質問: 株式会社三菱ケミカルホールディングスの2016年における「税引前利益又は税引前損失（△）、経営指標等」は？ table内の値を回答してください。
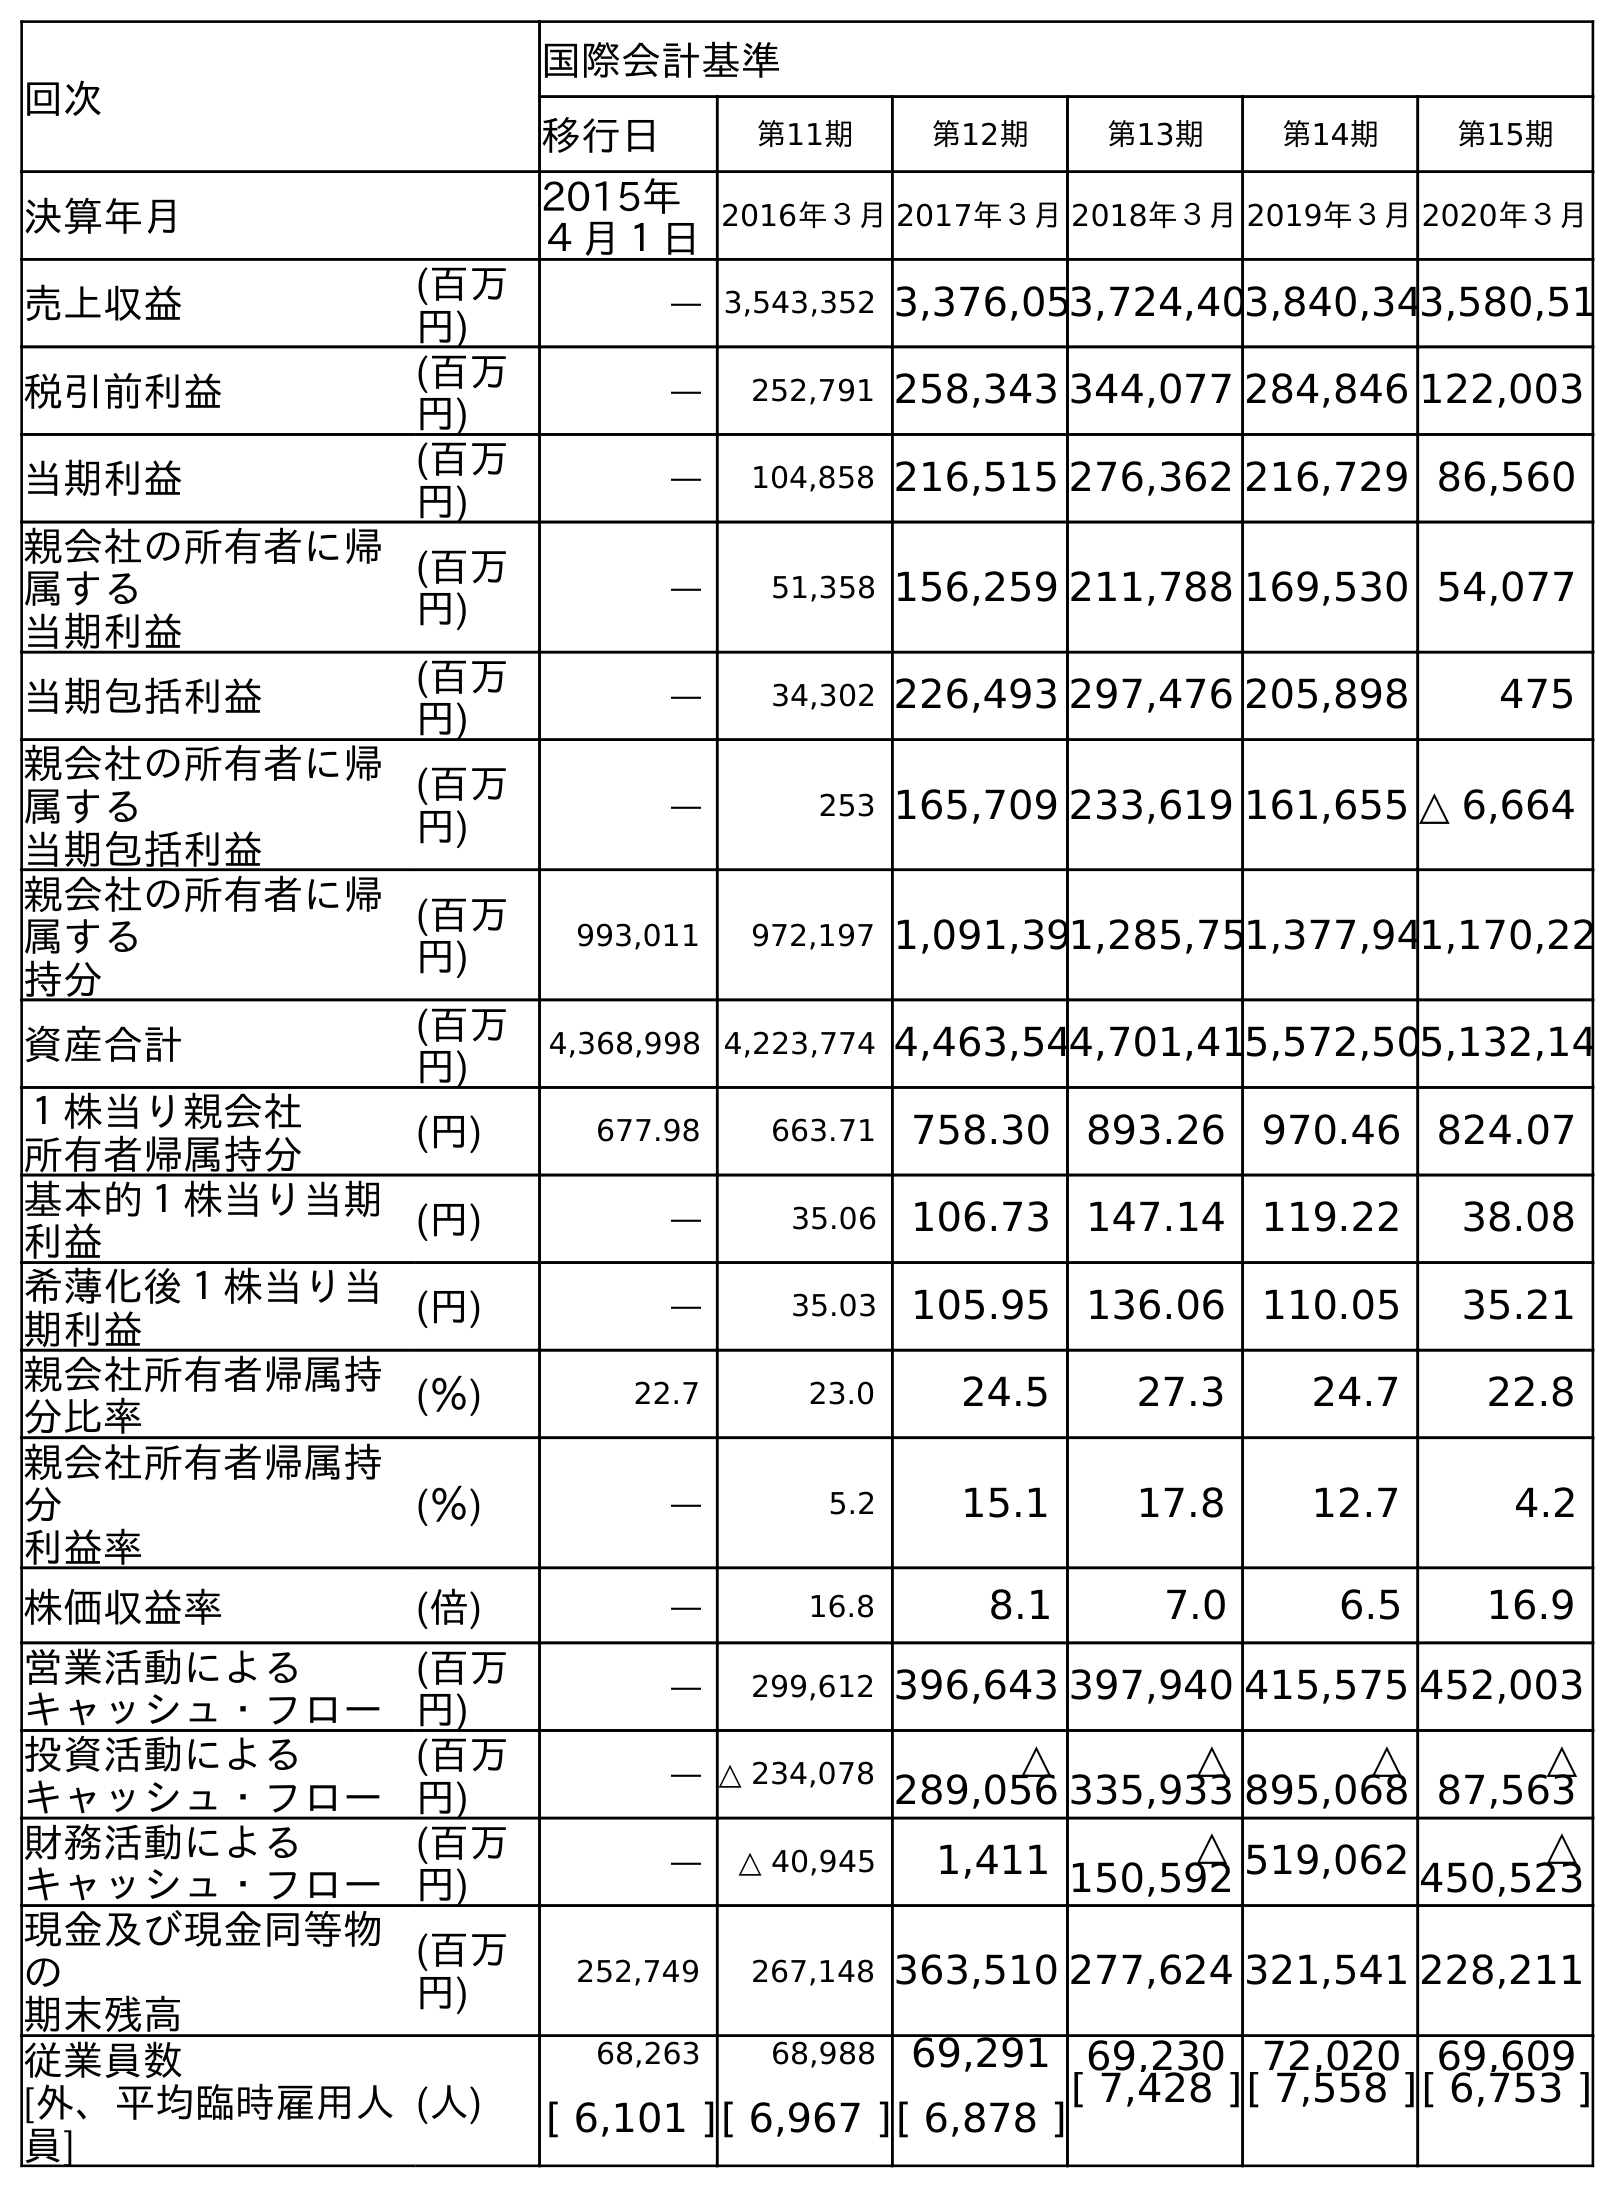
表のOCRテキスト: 回次 国際会計基準 移行日 第11期 第12期 第13期 第14期 第15期 決算年月 2015年 ４月１日 2016年３月2017年３月2018年３月2019年３月2020年３月 売上収益 (百万 円) ― 3,543,352 3,376,053,724,403,840,343,580,51 税引前利益 (百万 円) ― 252,791 258,343 344,077 284,846 122,003 当期利益 (百万 円) ― 104,858 216,515 276,362 216,729 86,560 親会社の所有者に帰 属する 当期利益 (百万 円) ― 51,358 156,259 211,788 169,530 54,077 当期包括利益 (百万 円) ― 34,302 226,493 297,476 205,898 475 親会社の所有者に帰 属する 当期包括利益 (百万 円) ― 253 165,709 233,619 161,655 △ 6,664 親会社の所有者に帰 属する 持分 (百万 円) 993,011 972,197 1,091,391,285,751,377,941,170,22 資産合計 (百万 円) 4,368,998 4,223,774 4,463,544,701,415,572,505,132,14 １株当り親会社 所有者帰属持分 (円) 677.98 663.71 758.30 893.26 970.46 824.07 基本的１株当り当期 利益 (円) ― 35.06 106.73 147.14 119.22 38.08 希薄化後１株当り当 期利益 (円) ― 35.03 105.95 136.06 110.05 35.21 親会社所有者帰属持 分比率 (％) 22.7 23.0 24.5 27.3 24.7 22.8 親会社所有者帰属持 分 利益率 (％) ― 5.2 15.1 17.8 12.7 4.2 株価収益率 (倍) ― 16.8 8.1 7.0 6.5 16.9 営業活動による キャッシュ・フロー (百万 円) ― 299,612 396,643 397,940 415,575 452,003 投資活動による キャッシュ・フロー (百万 円) ― △ 234,078 △ 289,056 △ 335,933 △ 895,068 △ 87,563 財務活動による キャッシュ・フロー (百万 円) ― △ 40,945 1,411 △ 150,592 519,062 △ 450,523 現金及び現金同等物 の 期末残高 (百万 円) 252,749 267,148 363,510 277,624 321,541 228,211 従業員数 [外、平均臨時雇用人 員] (人) 68,263 68,988 69,291 69,230 72,020 69,609 [ 6,101 ][ 6,967 ][ 6,878 ][ 7,428 ][ 7,558 ][ 6,753 ]
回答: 252,791